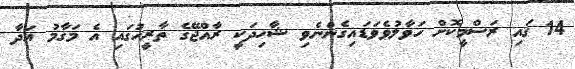
14 ގައި ރަސްމީކޮށް ހަވާލުވެވަޑައިގެންނެވި ޝާހިދަކީ ރާއްޖޭގެ ތާރީހުގައި އެ މަަގާމު އަދާ